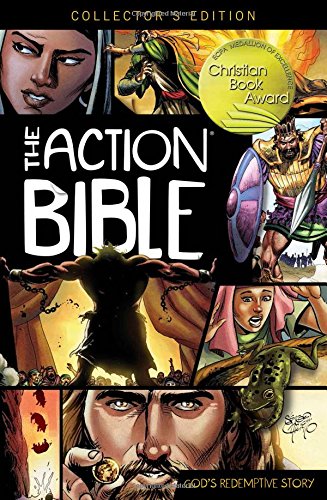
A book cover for The Action Bible Collector's Edition: God's Redemptive Story (Action Bible Series); Children's Books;